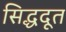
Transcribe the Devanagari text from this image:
सिद्धदूत